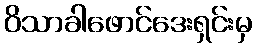
ဝိသာခါဖောင်ဒေးရှင်းမှ